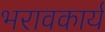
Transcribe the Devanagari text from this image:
भरावकार्य